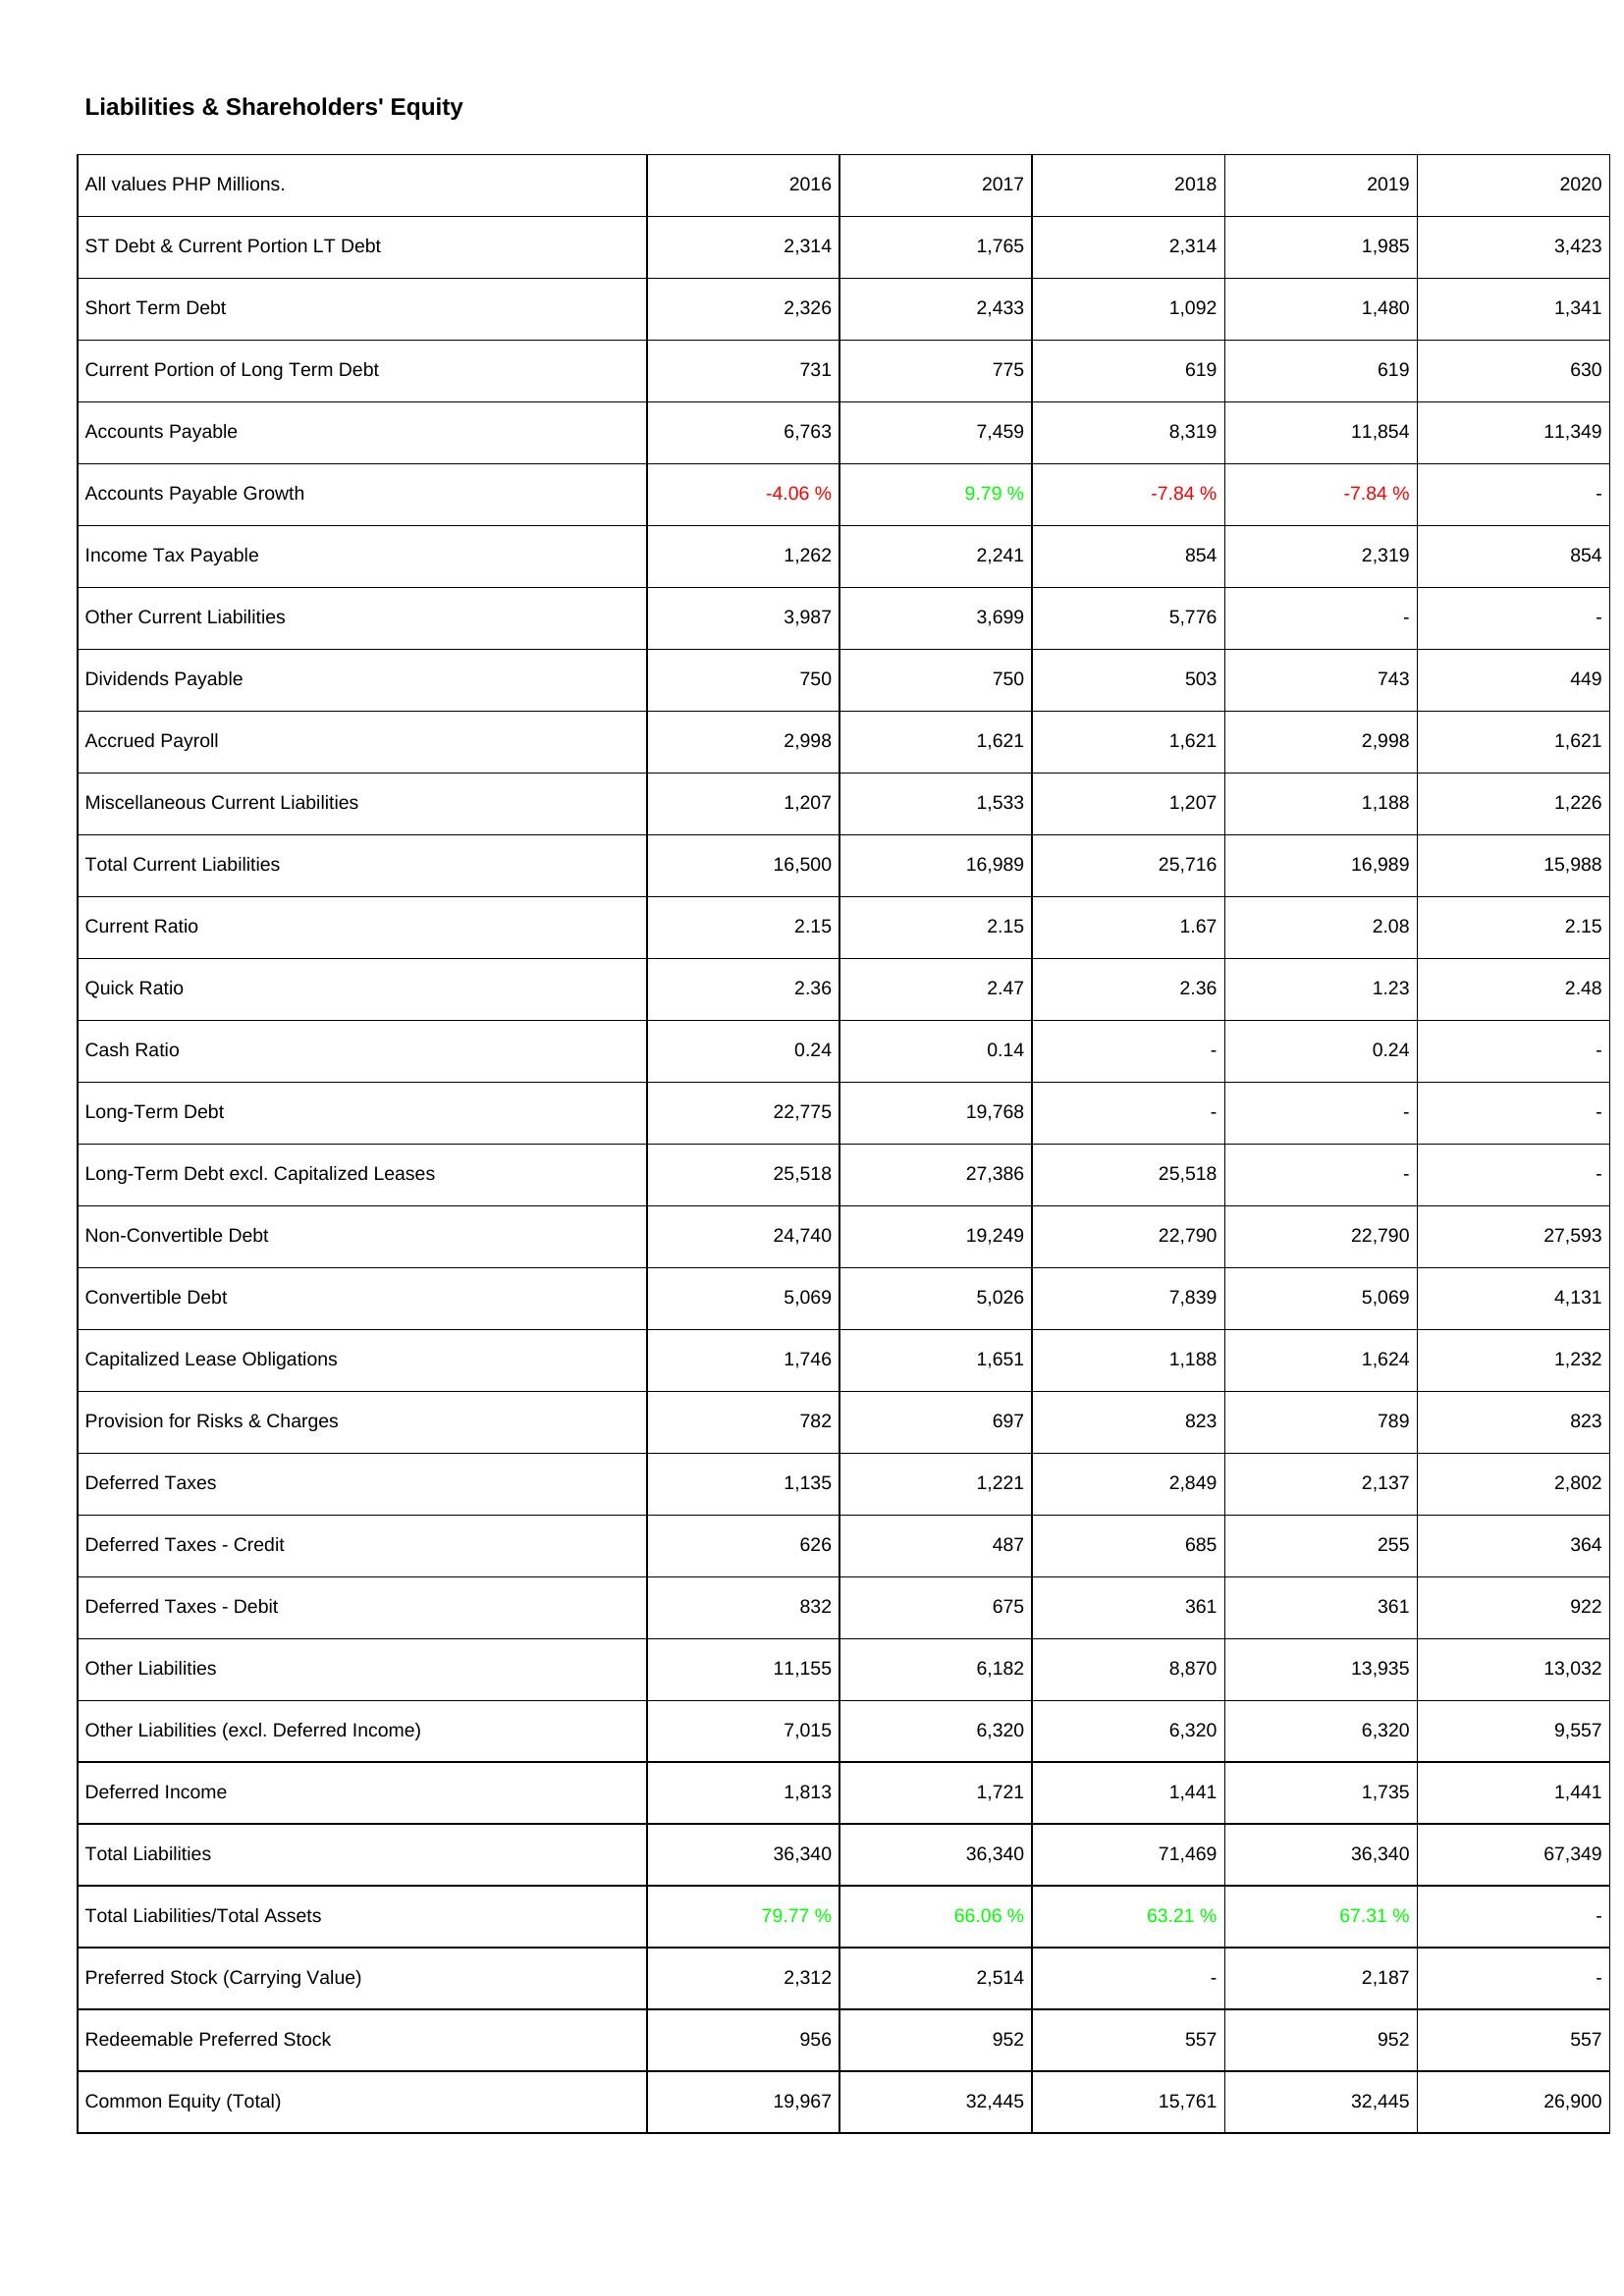
2016: Liabilities & Shareholders' Equity: ST Debt & Current Portion LT Debt: 2,314
Short Term Debt: 2,326
Current Portion of Long Term Debt: 731
Accounts Payable: 6,763
Accounts Payable Growth: -4.06 %
Income Tax Payable: 1,262
Other Current Liabilities: 3,987
Dividends Payable: 750
Accrued Payroll: 2,998
Miscellaneous Current Liabilities: 1,207
Total Current Liabilities: 16,500
Current Ratio: 2.15
Quick Ratio: 2.36
Cash Ratio: 0.24
Long-Term Debt: 22,775
Long-Term Debt excl. Capitalized Leases: 25,518
Non-Convertible Debt: 24,740
Convertible Debt: 5,069
Capitalized Lease Obligations: 1,746
Provision for Risks & Charges: 782
Deferred Taxes: 1,135
Deferred Taxes - Credit: 626
Deferred Taxes - Debit: 832
Other Liabilities: 11,155
Other Liabilities (excl. Deferred Income): 7,015
Deferred Income: 1,813
Total Liabilities: 36,340
Total Liabilities/Total Assets: 79.77 %
Preferred Stock (Carrying Value): 2,312
Redeemable Preferred Stock: 956
Common Equity (Total): 19,967
2017: Liabilities & Shareholders' Equity: ST Debt & Current Portion LT Debt: 1,765
Short Term Debt: 2,433
Current Portion of Long Term Debt: 775
Accounts Payable: 7,459
Accounts Payable Growth: 9.79 %
Income Tax Payable: 2,241
Other Current Liabilities: 3,699
Dividends Payable: 750
Accrued Payroll: 1,621
Miscellaneous Current Liabilities: 1,533
Total Current Liabilities: 16,989
Current Ratio: 2.15
Quick Ratio: 2.47
Cash Ratio: 0.14
Long-Term Debt: 19,768
Long-Term Debt excl. Capitalized Leases: 27,386
Non-Convertible Debt: 19,249
Convertible Debt: 5,026
Capitalized Lease Obligations: 1,651
Provision for Risks & Charges: 697
Deferred Taxes: 1,221
Deferred Taxes - Credit: 487
Deferred Taxes - Debit: 675
Other Liabilities: 6,182
Other Liabilities (excl. Deferred Income): 6,320
Deferred Income: 1,721
Total Liabilities: 36,340
Total Liabilities/Total Assets: 66.06 %
Preferred Stock (Carrying Value): 2,514
Redeemable Preferred Stock: 952
Common Equity (Total): 32,445
2018: Liabilities & Shareholders' Equity: ST Debt & Current Portion LT Debt: 2,314
Short Term Debt: 1,092
Current Portion of Long Term Debt: 619
Accounts Payable: 8,319
Accounts Payable Growth: -7.84 %
Income Tax Payable: 854
Other Current Liabilities: 5,776
Dividends Payable: 503
Accrued Payroll: 1,621
Miscellaneous Current Liabilities: 1,207
Total Current Liabilities: 25,716
Current Ratio: 1.67
Quick Ratio: 2.36
Cash Ratio: -
Long-Term Debt: -
Long-Term Debt excl. Capitalized Leases: 25,518
Non-Convertible Debt: 22,790
Convertible Debt: 7,839
Capitalized Lease Obligations: 1,188
Provision for Risks & Charges: 823
Deferred Taxes: 2,849
Deferred Taxes - Credit: 685
Deferred Taxes - Debit: 361
Other Liabilities: 8,870
Other Liabilities (excl. Deferred Income): 6,320
Deferred Income: 1,441
Total Liabilities: 71,469
Total Liabilities/Total Assets: 63.21 %
Preferred Stock (Carrying Value): -
Redeemable Preferred Stock: 557
Common Equity (Total): 15,761
2019: Liabilities & Shareholders' Equity: ST Debt & Current Portion LT Debt: 1,985
Short Term Debt: 1,480
Current Portion of Long Term Debt: 619
Accounts Payable: 11,854
Accounts Payable Growth: -7.84 %
Income Tax Payable: 2,319
Other Current Liabilities: -
Dividends Payable: 743
Accrued Payroll: 2,998
Miscellaneous Current Liabilities: 1,188
Total Current Liabilities: 16,989
Current Ratio: 2.08
Quick Ratio: 1.23
Cash Ratio: 0.24
Long-Term Debt: -
Long-Term Debt excl. Capitalized Leases: -
Non-Convertible Debt: 22,790
Convertible Debt: 5,069
Capitalized Lease Obligations: 1,624
Provision for Risks & Charges: 789
Deferred Taxes: 2,137
Deferred Taxes - Credit: 255
Deferred Taxes - Debit: 361
Other Liabilities: 13,935
Other Liabilities (excl. Deferred Income): 6,320
Deferred Income: 1,735
Total Liabilities: 36,340
Total Liabilities/Total Assets: 67.31 %
Preferred Stock (Carrying Value): 2,187
Redeemable Preferred Stock: 952
Common Equity (Total): 32,445
2020: Liabilities & Shareholders' Equity: ST Debt & Current Portion LT Debt: 3,423
Short Term Debt: 1,341
Current Portion of Long Term Debt: 630
Accounts Payable: 11,349
Accounts Payable Growth: -
Income Tax Payable: 854
Other Current Liabilities: -
Dividends Payable: 449
Accrued Payroll: 1,621
Miscellaneous Current Liabilities: 1,226
Total Current Liabilities: 15,988
Current Ratio: 2.15
Quick Ratio: 2.48
Cash Ratio: -
Long-Term Debt: -
Long-Term Debt excl. Capitalized Leases: -
Non-Convertible Debt: 27,593
Convertible Debt: 4,131
Capitalized Lease Obligations: 1,232
Provision for Risks & Charges: 823
Deferred Taxes: 2,802
Deferred Taxes - Credit: 364
Deferred Taxes - Debit: 922
Other Liabilities: 13,032
Other Liabilities (excl. Deferred Income): 9,557
Deferred Income: 1,441
Total Liabilities: 67,349
Total Liabilities/Total Assets: -
Preferred Stock (Carrying Value): -
Redeemable Preferred Stock: 557
Common Equity (Total): 26,900